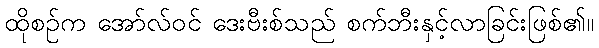
ထိုစဉ်က အော်လ်ဝင် ဒေးဗီးစ်သည် စက်ဘီးနှင့်လာခြင်းဖြစ်၏။